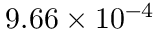
9 . 6 6 \times 1 0 ^ { - 4 }